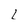
Character: L